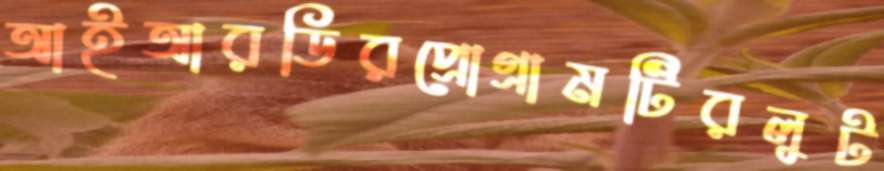
আইআরডিরপ্রোগ্রামটিরলুট